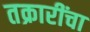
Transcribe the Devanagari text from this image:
तक्रारींचा